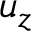
u _ { z }